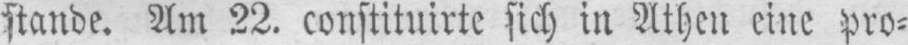
stande. Am 22. constituirte sich in Athen eine pro⸗